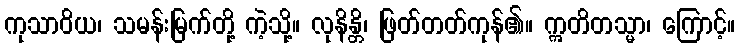
ကုသာဝိယ၊ သမန်းမြက်တို့ ကဲ့သို့။ လုနိန္တိ၊ ဖြတ်တတ်ကုန်၏။ ဣတိတသ္မာ၊ ကြောင့်။